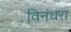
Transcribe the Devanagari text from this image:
विनंधरा